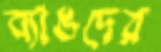
ব্যাঙদের